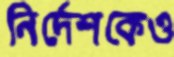
নির্দেশকেও